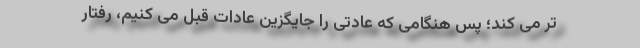
تر می کند؛ پس هنگامی که عادتی را جایگزین عادات قبل می کنیم، رفتار